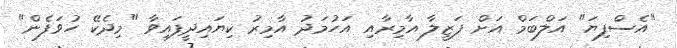
"އެސްފިޔަ" އަލްބަމް އަށް ފަޒީލާ އާމިރާއި އަހުމަދު އާމިރު ކިޔައިދީފައިވާ "މިދެކޭ ހުވަފެން"